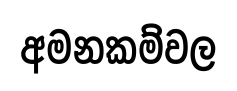
අමනකම්වල